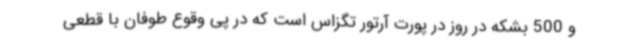
و 500 بشکه در روز در پورت آرتور تگزاس است که در پی وقوع طوفان با قطعی